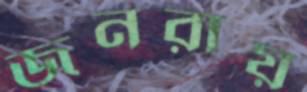
জনরায়